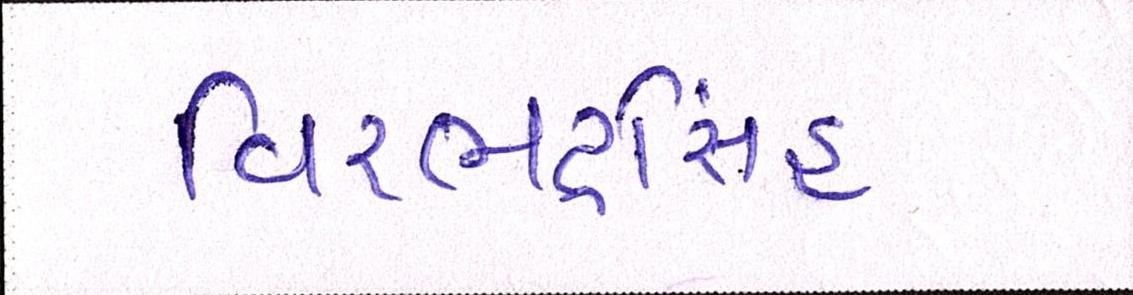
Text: વિરભદ્રસિંહ